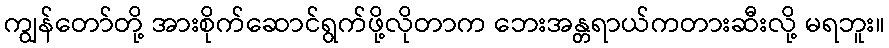
ကျွန်တော်တို့ အားစိုက်ဆောင်ရွက်ဖို့လိုတာက ဘေးအန္တရာယ်ကတားဆီးလို့ မရဘူး။